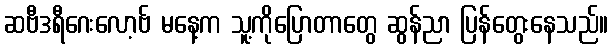
ဆဗီဒရီဂေးလော့ဗ် မနေ့က သူ့ကိုပြောတာတွေ ဆွန်ညာ ပြန်တွေးနေသည်။